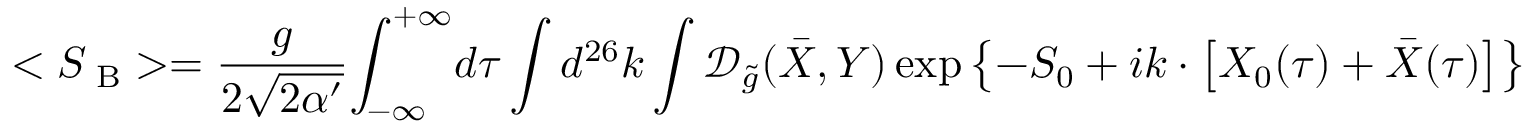
< { S _ { \mathrm { \scriptsize ~ B } } } > = { \frac { g } { 2 \sqrt { 2 \alpha ^ { \prime } } } } { \int _ { - \infty } ^ { + \infty } } d \tau \int { d ^ { 2 6 } } k \int { \mathcal { D } _ { \tilde { g } } } ( \bar { X } , Y ) \exp \left\{ - { S _ { 0 } } + i k \cdot \left[ { X _ { 0 } } ( \tau ) + \bar { X } ( \tau ) \right] \right\} { L _ { \mathrm { \scriptsize ~ B } } } ( k , \tau ) ,